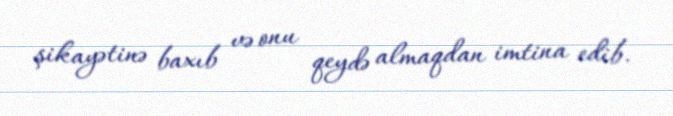
şikayətinə baxıb və onu qeydə almaqdan imtina edib.